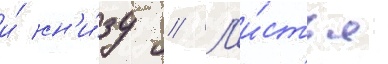
и́ сн'и́зу // Л'и́стья